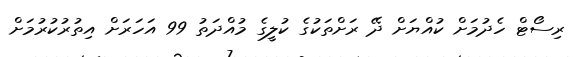
ރިސޯޓް ހެދުމަށް ކުއްޔަށް ދޭ ރަށްތަކުގެ ކުލީގެ މުއްދަތު 99 އަހަރަށް އިތުރުކުރުމަށް